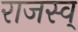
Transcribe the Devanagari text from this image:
राजस्व्